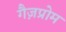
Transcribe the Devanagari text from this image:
गैज़प्रोम